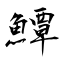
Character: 鱏